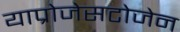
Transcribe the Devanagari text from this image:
याप्रोजेसटोजेन